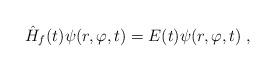
LaTeX: \begin{align*}\hat{H}_f(t)\psi(r,\varphi,t) = E(t)\psi(r,\varphi,t)\;,\end{align*}